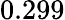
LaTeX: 0.299